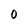
Character: 0